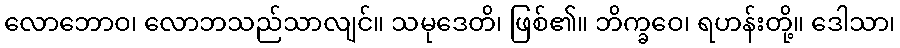
လောဘောဝ၊ လောဘသည်သာလျင်။ သမုဒေတိ၊ ဖြစ်၏။ ဘိက္ခဝေ၊ ရဟန်းတို့။ ဒေါသာ၊